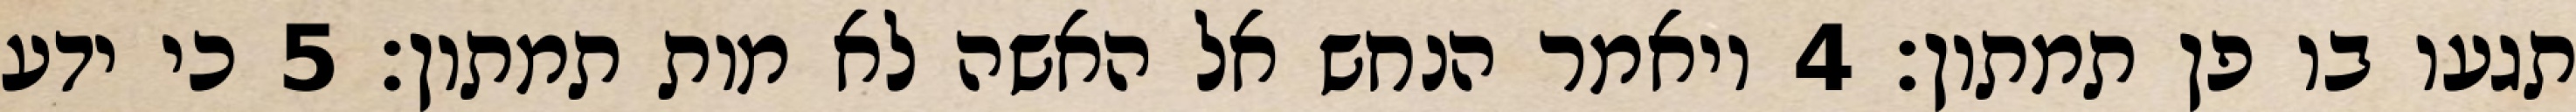
תגעו בו פן תמתון׃ ‎4‏ ויאמר הנחש אל האשה לא מות תמתון׃ ‎5‏ כי ידע